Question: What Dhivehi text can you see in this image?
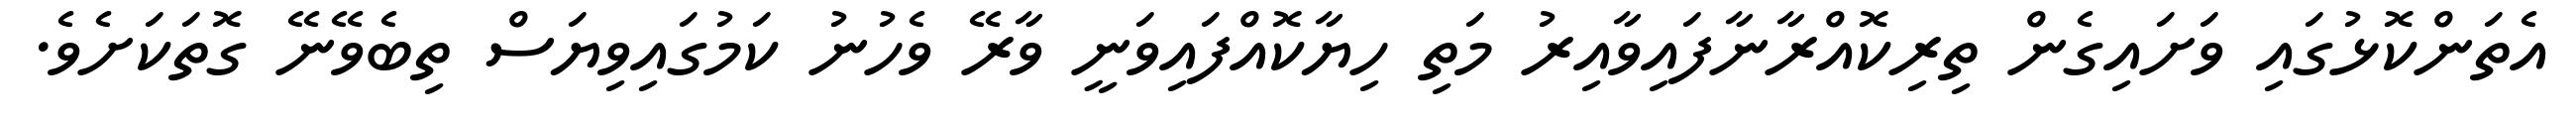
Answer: އެތަންކޮޅުގައި ވަށައިގެން ތިރިކޮއްރާނާފައިވާއިރު މަތި ހިޔާކޮއްފައިވަނީ ވާރޭ ވެހުނު ކަމުގައިވިޔަސް ތިބެވޭނޭ ގޮތަކަށެވެ.